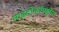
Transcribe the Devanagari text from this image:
माइटोकॉण्ड्रीय